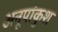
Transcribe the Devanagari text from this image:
अनूपांकुश